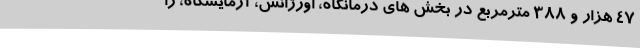
47 هزار و 388 مترمربع در بخش های درمانگاه، اورژانس، آزمایشگاه، را